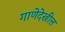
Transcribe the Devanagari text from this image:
गाणेदेखील